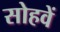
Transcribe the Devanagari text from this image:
सोहवें